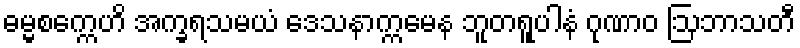
ဓမ္မစက္ကေဟိ အက္ခရသမယံ ဒေသနာက္ကမေန ဘူတရူပါနံ ဂုဏာဝ ဩဘာသတီ